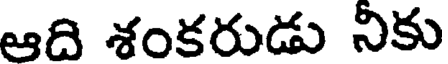
ఆది శంకరుడు నికు